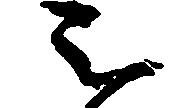
被